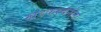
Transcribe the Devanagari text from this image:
खडकरचनांना